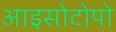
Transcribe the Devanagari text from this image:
आइसोटोपो